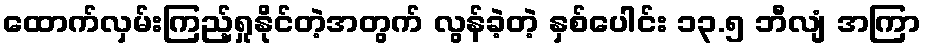
ထောက်လှမ်းကြည့်ရှုနိုင်တဲ့အတွက် လွန်ခဲ့တဲ့ နှစ်ပေါင်း ၁၃.၅ ဘီလျံ အကြာ